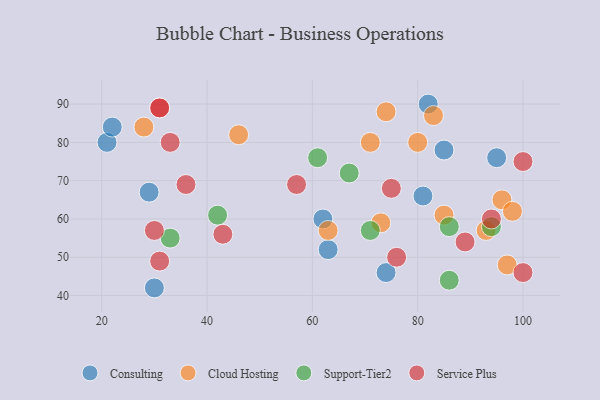
{"axis": {"x": "GDP", "y": "Life Expectancy"}, "legend": ["Cloud Hosting", "Consulting", "Service Plus", "Support-Tier2"], "data": [{"x": "21", "y": 80, "type": "Consulting"}, {"x": "95", "y": 76, "type": "Consulting"}, {"x": "82", "y": 90, "type": "Consulting"}, {"x": "74", "y": 46, "type": "Consulting"}, {"x": "81", "y": 66, "type": "Consulting"}, {"x": "30", "y": 42, "type": "Consulting"}, {"x": "22", "y": 84, "type": "Consulting"}, {"x": "85", "y": 78, "type": "Consulting"}, {"x": "29", "y": 67, "type": "Consulting"}, {"x": "62", "y": 60, "type": "Consulting"}, {"x": "63", "y": 52, "type": "Consulting"}, {"x": "28", "y": 84, "type": "Cloud Hosting"}, {"x": "85", "y": 61, "type": "Cloud Hosting"}, {"x": "74", "y": 88, "type": "Cloud Hosting"}, {"x": "80", "y": 80, "type": "Cloud Hosting"}, {"x": "46", "y": 82, "type": "Cloud Hosting"}, {"x": "96", "y": 65, "type": "Cloud Hosting"}, {"x": "73", "y": 59, "type": "Cloud Hosting"}, {"x": "97", "y": 48, "type": "Cloud Hosting"}, {"x": "83", "y": 87, "type": "Cloud Hosting"}, {"x": "98", "y": 62, "type": "Cloud Hosting"}, {"x": "93", "y": 57, "type": "Cloud Hosting"}, {"x": "71", "y": 80, "type": "Cloud Hosting"}, {"x": "63", "y": 57, "type": "Cloud Hosting"}, {"x": "71", "y": 57, "type": "Support-Tier2"}, {"x": "42", "y": 61, "type": "Support-Tier2"}, {"x": "94", "y": 58, "type": "Support-Tier2"}, {"x": "86", "y": 58, "type": "Support-Tier2"}, {"x": "86", "y": 44, "type": "Support-Tier2"}, {"x": "61", "y": 76, "type": "Support-Tier2"}, {"x": "33", "y": 55, "type": "Support-Tier2"}, {"x": "67", "y": 72, "type": "Support-Tier2"}, {"x": "76", "y": 50, "type": "Service Plus"}, {"x": "94", "y": 60, "type": "Service Plus"}, {"x": "89", "y": 54, "type": "Service Plus"}, {"x": "36", "y": 69, "type": "Service Plus"}, {"x": "43", "y": 56, "type": "Service Plus"}, {"x": "31", "y": 89, "type": "Service Plus"}, {"x": "31", "y": 89, "type": "Service Plus"}, {"x": "100", "y": 46, "type": "Service Plus"}, {"x": "30", "y": 57, "type": "Service Plus"}, {"x": "31", "y": 49, "type": "Service Plus"}, {"x": "33", "y": 80, "type": "Service Plus"}, {"x": "57", "y": 69, "type": "Service Plus"}, {"x": "75", "y": 68, "type": "Service Plus"}, {"x": "100", "y": 75, "type": "Service Plus"}]}